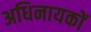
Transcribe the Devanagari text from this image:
अधिनायकों